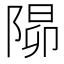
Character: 𨺸